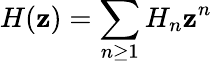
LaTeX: H(\mathbf{z})=\sum_{n\geq1}{H_{n}\mathbf{z}^{n}}